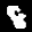
Label: 8